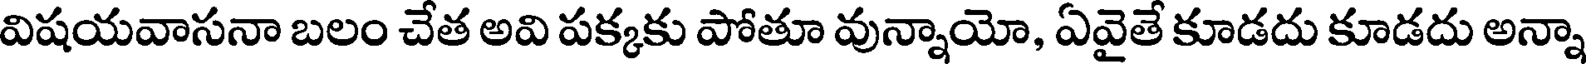
విషయవాసనా బలం చేత అవి పక్కకు పోతూ వున్నాయో, ఏవైతే కూడదు కూడదు అన్నా